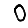
Digit: 0